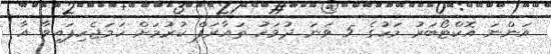
އަންނަ އޮކްޓޯބަރު މަހުގެ 5 ވަނަ ދުވަހު ތައާރަފް ކުރުމަށް ހަމަޖެހިފައިވާ އާ